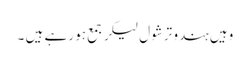
وہیں ہندو ترشول لیکر جمع ہو رہے ہیں ۔